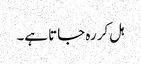
ہل کر رہ جاتا ہے۔